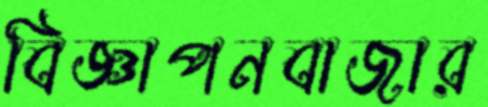
বিজ্ঞাপনবাজার